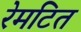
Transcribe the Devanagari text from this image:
रेमटित